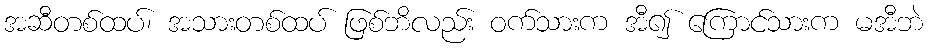
အဆီတစ်ထပ်၊ အသားတစ်ထပ် ဖြစ်ဘိလည်း ဝက်သားက အီ၍ ကြောင်သားက မအီဘဲ